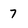
Character: 7